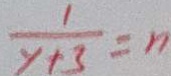
\frac { 1 } { y + 3 } = n